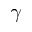
\gamma